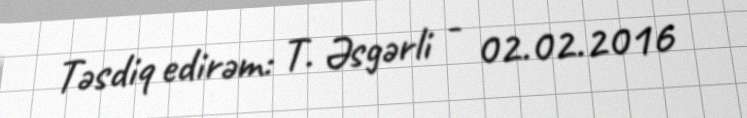
Təsdiq edirəm: T. Əsgərli - 02.02.2016